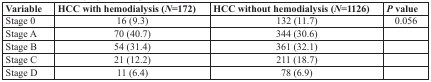
| Variable | HCC with hemodialysis (N=172) | HCC without hemodialysis (N=1126) | P value |
 | --- | --- | --- | --- |
 | Stage 0 | 16 (9.3) | 132 (11.7) | 0.056 |
 | Stage A | 70 (40.7) | 344 (30.6) |  |
 | Stage B | 54 (31.4) | 361 (32.1) |  |
 | Stage C | 21 (12.2) | 211 (18.7) |  |
 | Stage D | 11 (6.4) | 78 (6.9) |  |